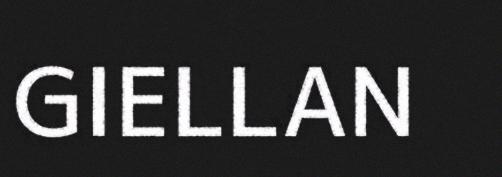
GIELLAN